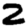
Digit: 2